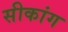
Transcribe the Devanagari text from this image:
सीकांग